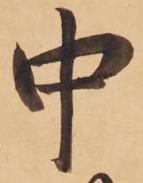
中